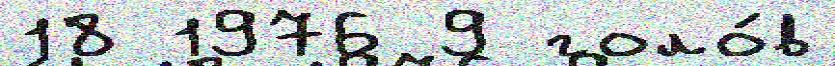
18 1976 9 голо́в